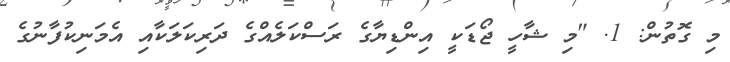
މި ގޮތުން: 1. "މި ޝާހީ ޖޯޑަކީ އިންޑިޔާގެ ރަސްކަލެއްގެ ދަރިކަލަކާއި އެމަނިކުފާނުގެ